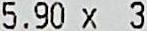
5.90 X 3